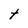
Character: t